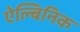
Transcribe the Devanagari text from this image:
ऐल्बिनिक